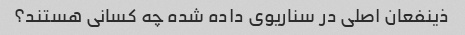
ذینفعان اصلی در سناریوی داده شده چه کسانی هستند؟